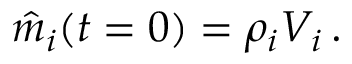
\hat { m } _ { i } ( t = 0 ) = \rho _ { i } V _ { i } \, .